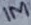
Text: 1M